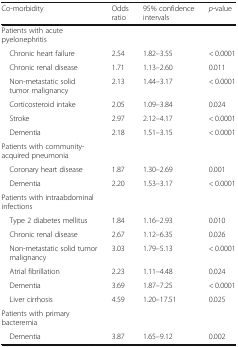
<table><thead><tr><td><b>Co-morbidity</b></td><td><b>Odds ratio</b></td><td><b>95% confidence intervals</b></td><td><b><i>p</i>-value</b></td></tr></thead><tbody><tr><td colspan="4">Patients with acute pyelonephritis</td></tr><tr><td> Chronic heart failure</td><td>2.54</td><td>1.82–3.55</td><td>&lt; 0.0001</td></tr><tr><td> Chronic renal disease</td><td>1.71</td><td>1.13–2.60</td><td>0.011</td></tr><tr><td> Non-metastatic solid tumor malignancy</td><td>2.13</td><td>1.44–3.17</td><td>&lt; 0.0001</td></tr><tr><td> Corticosteroid intake</td><td>2.05</td><td>1.09–3.84</td><td>0.024</td></tr><tr><td> Stroke</td><td>2.97</td><td>2.12–4.17</td><td>&lt; 0.0001</td></tr><tr><td> Dementia</td><td>2.18</td><td>1.51–3.15</td><td>&lt; 0.0001</td></tr><tr><td colspan="4">Patients with community-acquired pneumonia</td></tr><tr><td> Coronary heart disease</td><td>1.87</td><td>1.30–2.69</td><td>0.001</td></tr><tr><td> Dementia</td><td>2.20</td><td>1.53–3.17</td><td>&lt; 0.0001</td></tr><tr><td colspan="4">Patients with intraabdominal infections</td></tr><tr><td> Type 2 diabetes mellitus</td><td>1.84</td><td>1.16–2.93</td><td>0.010</td></tr><tr><td> Chronic renal disease</td><td>2.67</td><td>1.12–6.35</td><td>0.026</td></tr><tr><td> Non-metastatic solid tumor malignancy</td><td>3.03</td><td>1.79–5.13</td><td>&lt; 0.0001</td></tr><tr><td> Atrial fibrillation</td><td>2.23</td><td>1.11–4.48</td><td>0.024</td></tr><tr><td> Dementia</td><td>3.69</td><td>1.87–7.25</td><td>&lt; 0.0001</td></tr><tr><td> Liver cirrhosis</td><td>4.59</td><td>1.20–17.51</td><td>0.025</td></tr><tr><td colspan="4">Patients with primary bacteremia</td></tr><tr><td> Dementia</td><td>3.87</td><td>1.65–9.12</td><td>0.002</td></tr></tbody></table>